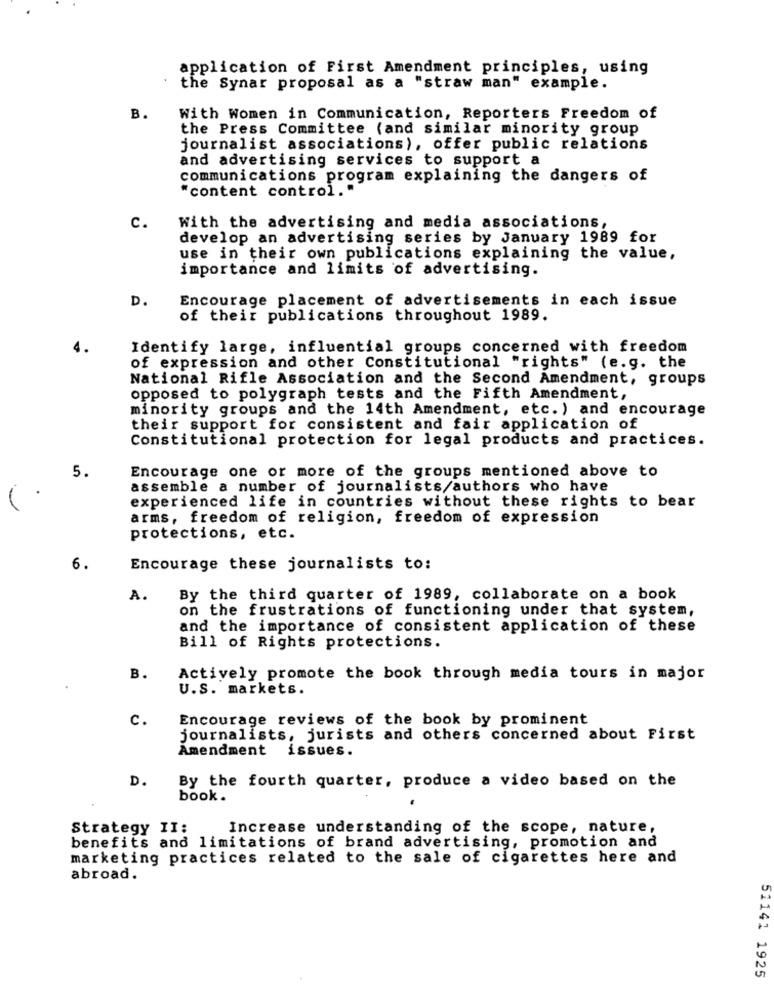
application of First Amendment principles, using
the Synar proposal as a "straw man" example.
B.
With Women in Communication, Reporters Freedom of
the Press Committee (and similar minority group
journalist associations), offer public relations
and advertising services to support a
communications program explaining the dangers of
"content control."
c.
With the advertising and media associations,
develop an advertising series by January 1989 for
use in their own publications explaining the value,
importance and limits of advertising.
D.
Encourage placement of advertisements in each issue
of their publications throughout 1989.
Identify large, influential groups concerned with freedom
of expression and other Constitutional "rights" (e.g. the
National Rifle Association and the Second Amendment, groups
opposed to polygraph tests and the Fifth Amendment,
minority groups and the 14th Amendment, etc. ) and encourage
their support for consistent and fair application of
Constitutional protection for legal products and practices.
Encourage one or more of the groups mentioned above to
5.
assemble a number of journalists/authors who have
experienced life in countries without these rights to bear
arms, freedom of religion, freedom of expression
protections, etc.
6.
Encourage these journalists to:
A.
By the third quarter of 1989, collaborate on a book
on the frustrations of functioning under that system,
and the importance of consistent application of these
Bill of Rights protections.
B.
Actively promote the book through media tours in major
U.S. markets.
c.
Encourage reviews of the book by prominent
journalists, jurists and others concerned about First
Amendment
issues.
D.
By the fourth quarter, produce a video based on the
book.
Strategy II:
Increase understanding of the scope, nature,
benefits and limitations of brand advertising, promotion and
marketing practices related to the sale of cigarettes here and
abroad.
51141 1925